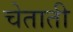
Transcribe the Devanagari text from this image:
चेताती